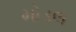
મોડલ